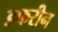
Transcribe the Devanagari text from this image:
डफरीन